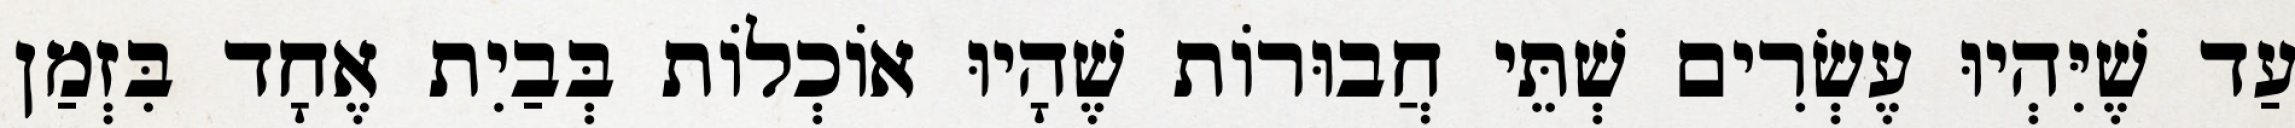
עַד שֶׁיִּהְיוּ עֶשְׂרִים שְׁתֵּי חֲבוּרוֹת שֶׁהָיוּ אוֹכְלוֹת בְּבַיִת אֶחָד בִּזְמַן